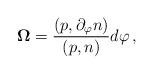
LaTeX: \begin{align*}{\bf\Omega}=\frac{(p,\partial_\varphi n)}{(p,n)}d\varphi \, ,\end{align*}